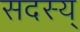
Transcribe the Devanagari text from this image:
सदस्य्